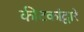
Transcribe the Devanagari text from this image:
कीटकांद्वारे